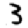
Digit: 3